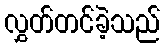
လွှတ်တင်ခဲ့သည်